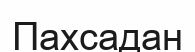
Пахсадан